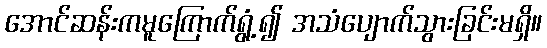
အောင်ဆန်းကမူကြောက်ရွံ့၍ အသံပျောက်သွားခြင်းမရှိ။